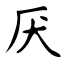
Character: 厌